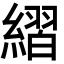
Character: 䌌